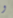
و